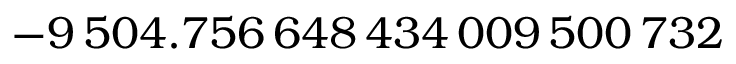
- 9 \, 5 0 4 . 7 5 6 \, 6 4 8 \, 4 3 4 \, 0 0 9 \, 5 0 0 \, 7 3 2